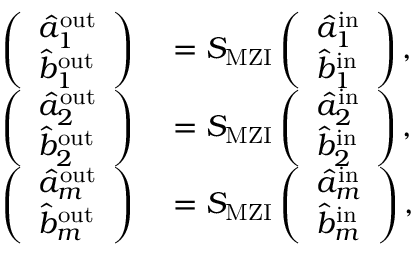
\begin{array} { r l } { \left( \begin{array} { l } { \hat { a } _ { 1 } ^ { \mathrm { { o u t } } } } \\ { \hat { b } _ { 1 } ^ { \mathrm { { o u t } } } } \end{array} \right) } & { { } = S _ { \mathrm { { M Z I } } } \left( \begin{array} { l } { \hat { a } _ { 1 } ^ { \mathrm { { i n } } } } \\ { \hat { b } _ { 1 } ^ { \mathrm { { i n } } } } \end{array} \right) , } \\ { \left( \begin{array} { l } { \hat { a } _ { 2 } ^ { \mathrm { { o u t } } } } \\ { \hat { b } _ { 2 } ^ { \mathrm { { o u t } } } } \end{array} \right) } & { { } = S _ { \mathrm { { M Z I } } } \left( \begin{array} { l } { \hat { a } _ { 2 } ^ { \mathrm { { i n } } } } \\ { \hat { b } _ { 2 } ^ { \mathrm { { i n } } } } \end{array} \right) , } \\ { \left( \begin{array} { l } { \hat { a } _ { m } ^ { \mathrm { { o u t } } } } \\ { \hat { b } _ { m } ^ { \mathrm { { o u t } } } } \end{array} \right) } & { { } = S _ { \mathrm { { M Z I } } } \left( \begin{array} { l } { \hat { a } _ { m } ^ { \mathrm { { i n } } } } \\ { \hat { b } _ { m } ^ { \mathrm { { i n } } } } \end{array} \right) , } \end{array}